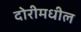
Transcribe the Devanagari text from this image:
दोरीमधील